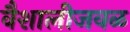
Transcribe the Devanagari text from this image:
वैशालीजवळ